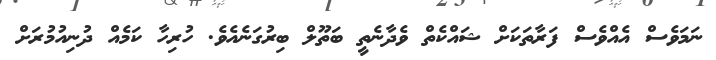
ނަމަވެސް އެއްވެސް ފަރާތަކަށް ޝައްކެތް ވެދާނެތީ ބަތޫލް ބިރުގަނެއެވެ. ހުރިހާ ކަމެއް ދުނިއުމުރަށް